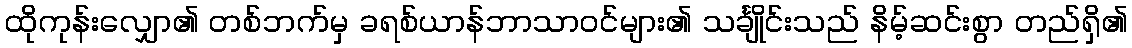
ထိုကုန်းလျှော၏ တစ်ဘက်မှ ခရစ်ယာန်ဘာသာဝင်များ၏ သင်္ချိုင်းသည် နိမ့်ဆင်းစွာ တည်ရှိ၏